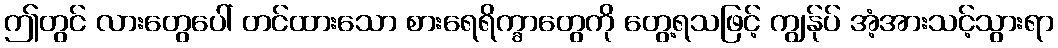
ဤတွင် လားတွေပေါ် တင်ထားသော စားရေရိက္ခာတွေကို တွေ့ရသဖြင့် ကျွန်ုပ် အံ့အားသင့်သွားရာ